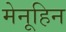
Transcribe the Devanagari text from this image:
मेनूहिन